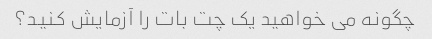
چگونه می خواهید یک چت بات را آزمایش کنید؟